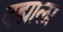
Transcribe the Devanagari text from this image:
दह्याला